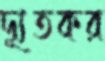
দ্যূতকর